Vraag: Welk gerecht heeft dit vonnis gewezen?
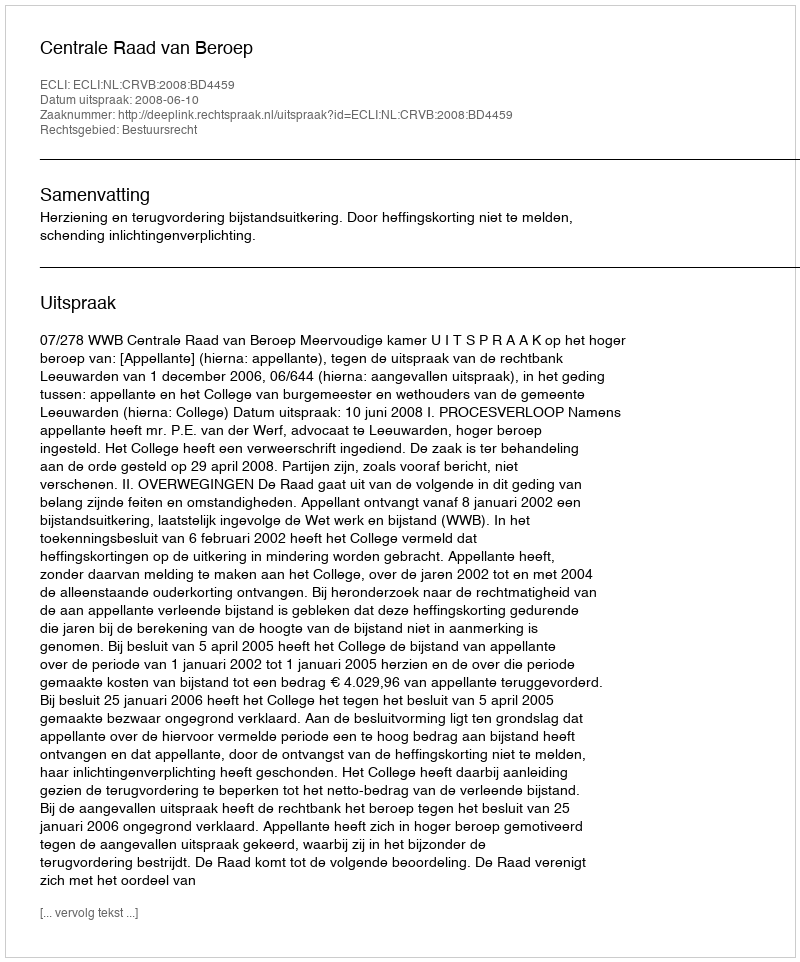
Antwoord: Centrale Raad van Beroep